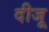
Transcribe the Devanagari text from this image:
दीजू